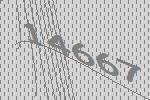
14667